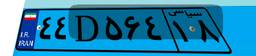
۴۴D۵۶۴۱۸